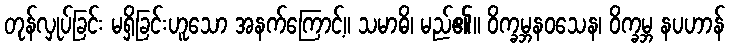
တုန်လှုပ်ခြင်း မရှိခြင်းဟူသော အနက်ကြောင့်။ သမာဓိ၊ မည်၏။ ဝိက္ခမ္ဘနဝသေန၊ ဝိက္ခမ္ဘ နပဟာန်